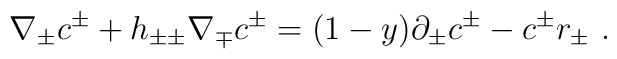
\nabla_\pm c^\pm+ h_{\pm\pm} \nabla_\mp c^\pm =(1-y)\partial_\pm c^\pm -c^\pm r_\pm \ .